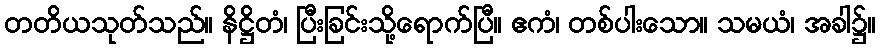
တတိယသုတ်သည်။ နိဋ္ဌိတံ၊ ပြီးခြင်းသို့ရောက်ပြီ။ ဧကံ၊ တစ်ပါးသော။ သမယံ၊ အခါ၌။